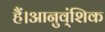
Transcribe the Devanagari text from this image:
हैं।आनुव्ंशिक